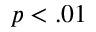
p < . 0 1